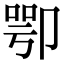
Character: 卾